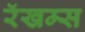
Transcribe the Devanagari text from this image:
रॅखम्स